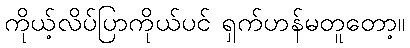
ကိုယ့်လိပ်ပြာကိုယ်ပင် ရှက်ဟန်မတူတော့။